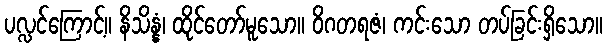
ပလ္လင်ကြောင့်။ နိသိန္နံ၊ ထိုင်တော်မူသော။ ဝိဂတရဇံ၊ ကင်းသော တပ်ခြင်းရှိသော။